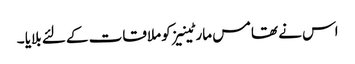
اس نے تھامس مارٹینیز کو ملاقات کے لئے بلایا ۔